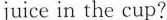
juice in the cup?